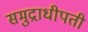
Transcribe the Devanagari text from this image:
समुद्राधीपती